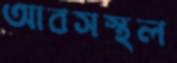
আবসস্থল